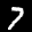
Label: 7